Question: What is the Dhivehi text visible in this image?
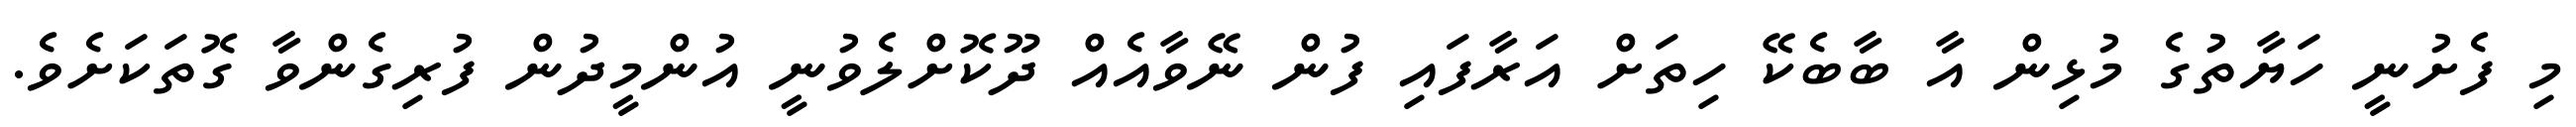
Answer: މި ފެށުނީ ހަޔާތުގެ މުޅިން އާ ބާބެކޭ ހިތަށް އަރާފައި ފުން ނޭވާއެއް ދޫކޮށްލެވުނީ އުންމީދުން ފުރިގެންވާ ގޮތަކަށެވެ.